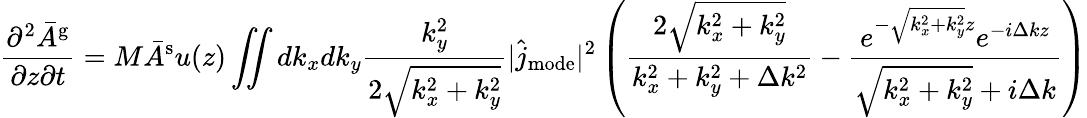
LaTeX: \frac{\partial^{2}\bar{A}^{\mathrm{g}}}{\partial z\partial t}=M\bar{A}^{\mathrm{s}}u(z)\iint dk_{x}dk_{y}\frac{k_{y}^{2}}{2\sqrt{k_{x}^{2}+k_{y}^{2}}}|\hat{j}_{\mathrm{mode}}|^{2}\left(\frac{2\sqrt{k_{x}^{2}+k_{y}^{2}}}{k_{x}^{2}+k_{y}^{2}+\Delta k^{2}}-\frac{e^{-\sqrt{k_{x}^{2}+k_{y}^{2}}z}e^{-i\Delta kz}}{\sqrt{k_{x}^{2}+k_{y}^{2}}+i\Delta k}\right)